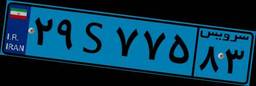
۴۱S۱۴۸۸۱